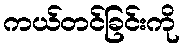
ကယ်တင်ခြင်းကို